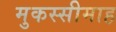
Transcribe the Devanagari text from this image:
मुकस्सीमाह